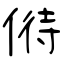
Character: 偫